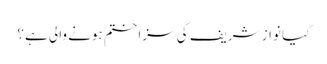
کیا نواز شریف کی سزا ختم ہونے والی ہے؟